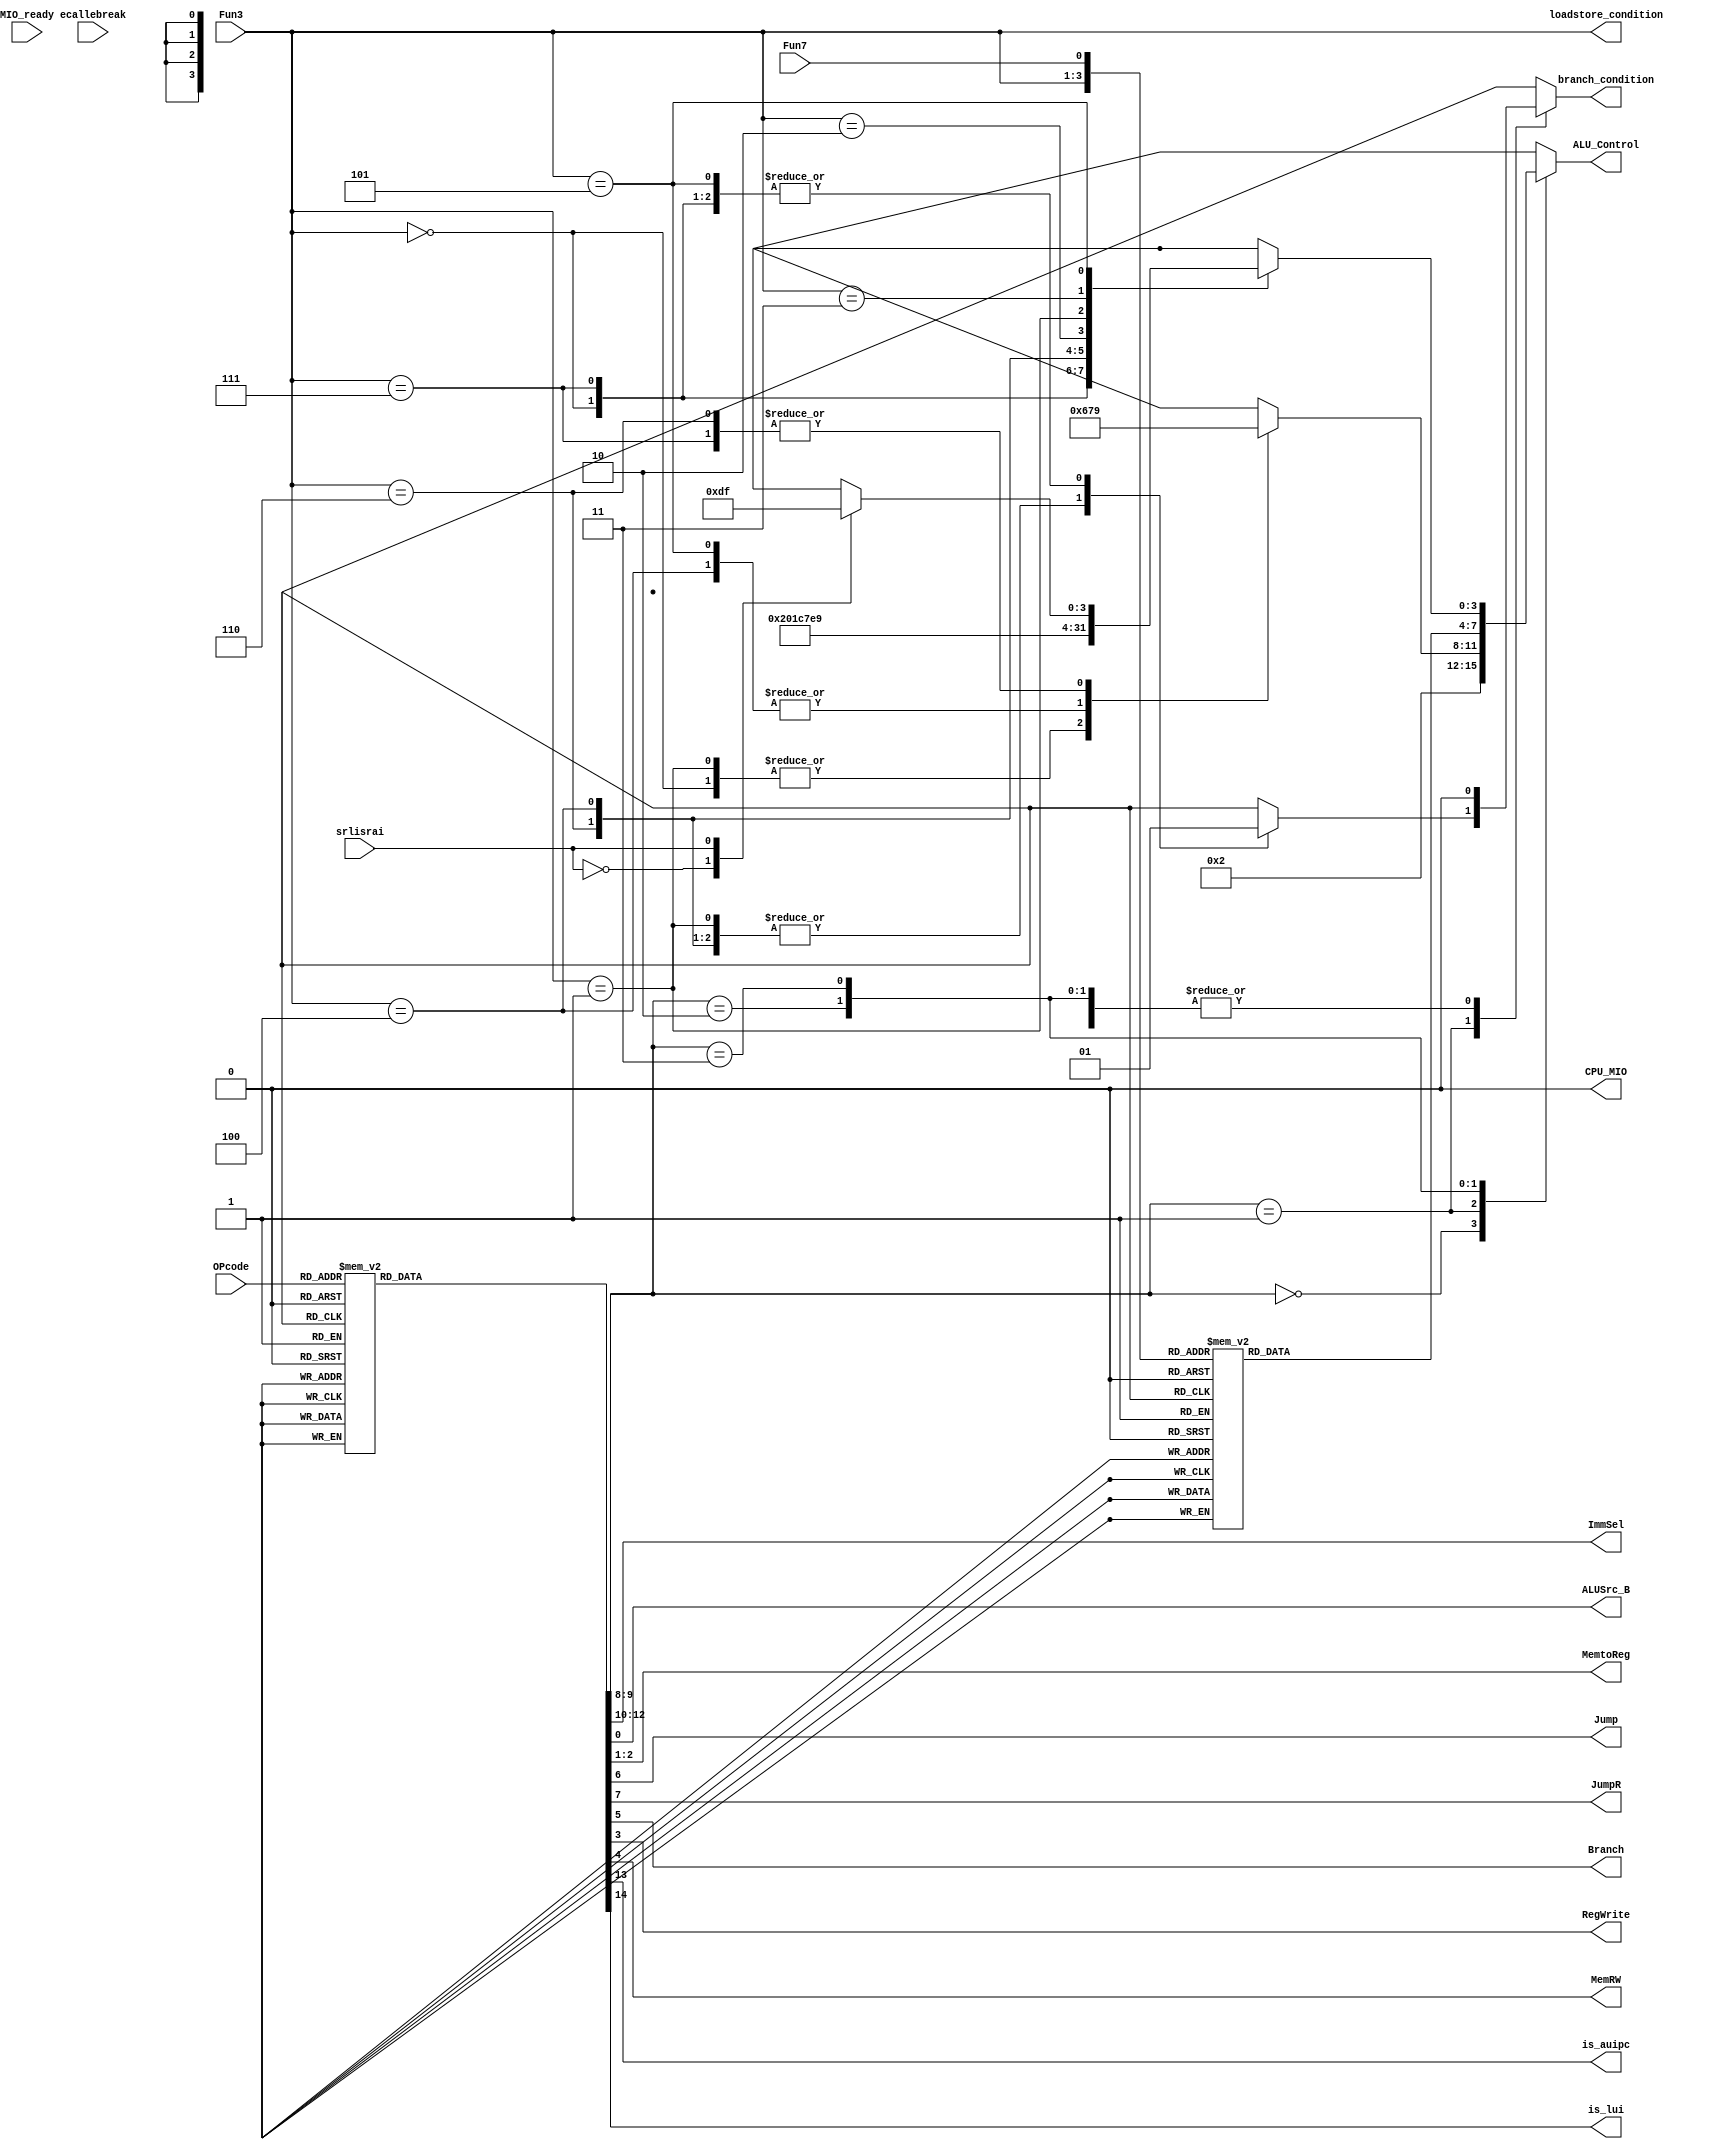
`timescale 1ns / 1ps
//////////////////////////////////////////////////////////////////////////////////
// Company: 
// Engineer: 
// 
// Design Name: 
// Module Name: myctrl
// Project Name: 
// Target Devices: 
// Tool Versions: 
// Description: 
// 
// Dependencies: 
// 
// Revision:
// Revision 0.01 - File Created
// Additional Comments:
// 
//////////////////////////////////////////////////////////////////////////////////


module myctrl(
    input ecallebreak,//ecall0 ebreak1
    input srlisrai,//srli0 srai1
    input[4:0] OPcode,
    input[2:0] Fun3,
    input Fun7,
    input MIO_ready,
    output reg[2:0]ImmSel,//000I001S010B011J, 100U
    output reg ALUSrc_B,//01                                      //is_imm
    output reg [1:0]MemtoReg,//00ALU0110PC+4
    output reg Jump,//0jal1jal                                                     //is_jal
    output reg JumpR,                                                                  //is_jalr
    output reg Branch,//0branch1branch                                             //is_branch
    output reg branch_condition,
    output reg RegWrite,//01                                          //reg_wen
    output reg MemRW,//01                                                 //mem_wen
    output reg [3:0]ALU_Control,                                                       //alu_ctrl
    output reg [2:0] loadstore_condition,
    output reg is_auipc,
    output reg is_lui,
    output CPU_MIO//
);
    assign CPU_MIO = 0;
    reg [1:0]ALUop;//00SI10R01B11I
    always @* begin
        loadstore_condition = Fun3;
        case(OPcode)
            5'b01100: begin//R-ALU
                ALUSrc_B = 1'b0;
                MemtoReg = 2'b00;
                RegWrite = 1'b1;
                MemRW = 1'b0;
                Branch = 1'b0;
                Jump = 1'b0;
                JumpR = 1'b0;
                ALUop = 2'b10;
                ImmSel = 3'b000;
                is_auipc = 1'b0;
                is_lui = 1'b0;
            end
            5'b00000: begin//I-load
                ALUSrc_B = 1'b1;
                MemtoReg = 2'b01;
                RegWrite = 1'b1;
                MemRW = 1'b0;
                Branch = 1'b0;
                Jump = 1'b0;
                JumpR = 1'b0;
                ALUop = 2'b00;
                is_auipc = 1'b0;
                is_lui = 1'b0; 
                ImmSel = 3'b000;
            end
            5'b01000: begin//S-store
                ALUSrc_B = 1'b1;
                MemtoReg = 2'b00;
                RegWrite = 1'b0;
                MemRW = 1'b1;
                Branch = 1'b0;
                Jump = 1'b0;
                JumpR = 1'b0;
                ALUop = 2'b00;
                ImmSel = 3'b001;
                is_auipc = 1'b0;
                is_lui = 1'b0;
            end 
            5'b11000: begin//B-beq
                ALUSrc_B = 1'b0;
                MemtoReg = 2'b00;
                RegWrite = 1'b0;
                MemRW = 1'b0;
                Branch = 1'b1;
                Jump = 1'b0;
                JumpR = 1'b0;
                ALUop = 2'b01;
                ImmSel = 3'b010;
                is_auipc = 1'b0;
                is_lui = 1'b0;   
            end
            5'b11011: begin//J-jump
                ALUSrc_B = 1'b0;
                MemtoReg = 2'b10;
                RegWrite = 1'b1;
                MemRW = 1'b0;
                Branch = 1'b0;
                Jump = 1'b1;
                JumpR = 1'b0;
                ALUop = 2'b00;
                ImmSel = 3'b011;
                is_auipc = 1'b0;
                is_lui = 1'b0;  
            end          
            5'b00100: begin//I-ALU(addi;;;;)
                ALUSrc_B = 1'b1;
                MemtoReg = 2'b00;
                RegWrite = 1'b1;
                MemRW = 1'b0;
                Branch = 1'b0;
                Jump = 1'b0;
                JumpR = 1'b0;
                ALUop = 2'b11;
                ImmSel = 3'b000; 
                is_auipc = 1'b0;
                is_lui = 1'b0;
            end
            5'b11001: begin//jalr
                ALUSrc_B = 1'b1;
                MemtoReg = 2'b10;
                RegWrite = 1'b1;
                MemRW = 1'b0;
                Branch = 1'b0;
                Jump = 1'b0;
                JumpR = 1'b1;
                ALUop = 2'b00;
                ImmSel = 3'b000;
                is_auipc = 1'b0;
                is_lui = 1'b0;   
            end 
            5'b01101: begin//lui
                ALUSrc_B = 1'b0;
                MemtoReg = 2'b11;
                RegWrite = 1'b1;
                MemRW = 1'b0;
                Branch = 1'b0;
                Jump = 1'b0;
                JumpR = 1'b0;
                ALUop = 2'b00;
                ImmSel = 3'b100;
                is_auipc = 1'b0;
                is_lui = 1'b1;   
            end 
            5'b00101: begin//auipc
                ALUSrc_B = 1'b1;
                MemtoReg = 2'b00;
                RegWrite = 1'b1;
                MemRW = 1'b0;
                Branch = 1'b0;
                Jump = 1'b0;
                JumpR = 1'b0;
                ALUop = 2'b00;
                ImmSel = 3'b100;
                is_auipc = 1'b1;
                is_lui = 1'b0;  
            end 
            default: begin
                ALUSrc_B = 1'b0;
                MemtoReg = 2'b00;
                RegWrite = 1'b0;
                MemRW = 1'b0;
                Branch = 1'b0;
                Jump = 1'b0;
                JumpR = 1'b0;
                ALUop = 2'b00;
                ImmSel = 3'b000;
                is_auipc = 1'b0;
                is_lui = 1'b0; 
            end
        endcase
    end
    
    always @* begin
        case(ALUop)
        2'b00: begin
            ALU_Control = 4'b0010;// add
            branch_condition = 1'b0;
        end
        2'b01://B
            case(Fun3)
                3'b000: begin
                    ALU_Control = 4'b0110;//beq
                    branch_condition = 1'b1;
                end
                3'b001: begin
                    ALU_Control = 4'b0110;//bne
                    branch_condition = 1'b0;
                end
                3'b100: begin
                    ALU_Control = 4'b0111;//blt
                    branch_condition = 1'b0;
                end
                3'b101: begin
                    ALU_Control = 4'b0111;//bge
                    branch_condition = 1'b1;
                end
                3'b110: begin
                    ALU_Control = 4'b1001;//bltu
                    branch_condition = 1'b0;
                end
                3'b111: begin
                    ALU_Control = 4'b1001;//bgeu
                    branch_condition = 1'b1;
                end
                default: begin
                    ALU_Control = 4'bxxxx;
                    branch_condition = 1'bx;
                end
            endcase
        2'b10: begin//
            branch_condition = 1'b0;
            case({Fun3, Fun7})
                4'b0000: ALU_Control = 4'b0010;//add
                4'b0001: ALU_Control = 4'b0110;//sub
                4'b1110: ALU_Control = 4'b0000;//and
                4'b1100: ALU_Control = 4'b0001;//or
                4'b1000: ALU_Control = 4'b1100;//xor
                4'b0100: ALU_Control = 4'b0111;//slt
                4'b1010: ALU_Control = 4'b1101;//srl
                4'b0010: ALU_Control = 4'b1110;//sll
                4'b0110: ALU_Control = 4'b1001;//sltu
                4'b1011: ALU_Control = 4'b1111;//sra
                default: ALU_Control = 4'bxxxx;
            endcase
        end
        2'b11: begin
            branch_condition = 1'b0;
            case(Fun3)
                3'b000: ALU_Control = 4'b0010;//addi
                3'b111: ALU_Control = 4'b0000;//andi
                3'b110: ALU_Control = 4'b0001;//ori
                3'b100: ALU_Control = 4'b1100;//xori
                3'b010: ALU_Control = 4'b0111;//slti
                3'b001: ALU_Control = 4'b1110;//slli
                3'b011: ALU_Control = 4'b1001;//sltiu
                3'b101: 
                    case(srlisrai)
                        1'b0: ALU_Control = 4'b1101;//srli
                        1'b1: ALU_Control = 4'b1111;//srai
                    endcase
                default: ALU_Control = 4'bxxxx;
            endcase
        end
        default: begin
            branch_condition = 1'bx;
            ALU_Control = 4'bxxxx; 
        end
        endcase  
    end 
endmodule